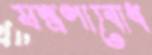
যন্ত্রণাবোধ